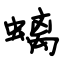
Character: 螭